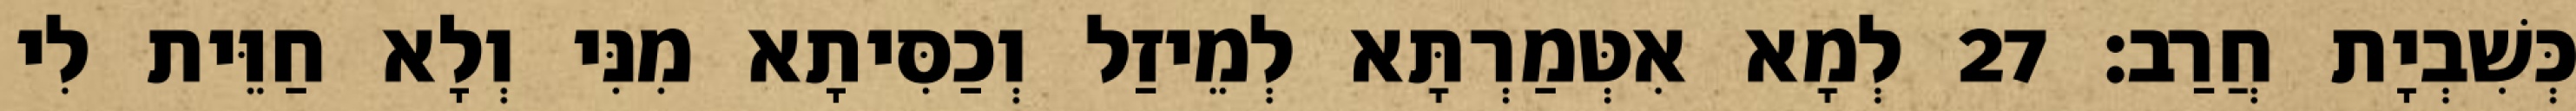
כְּשִׁבְיָת חֲרַב׃ 27 לְמָא אִטְּמַרְתָּא לְמֵיזַל וְכַסִּיתָא מִנִּי וְלָא חַוֵּית לִי